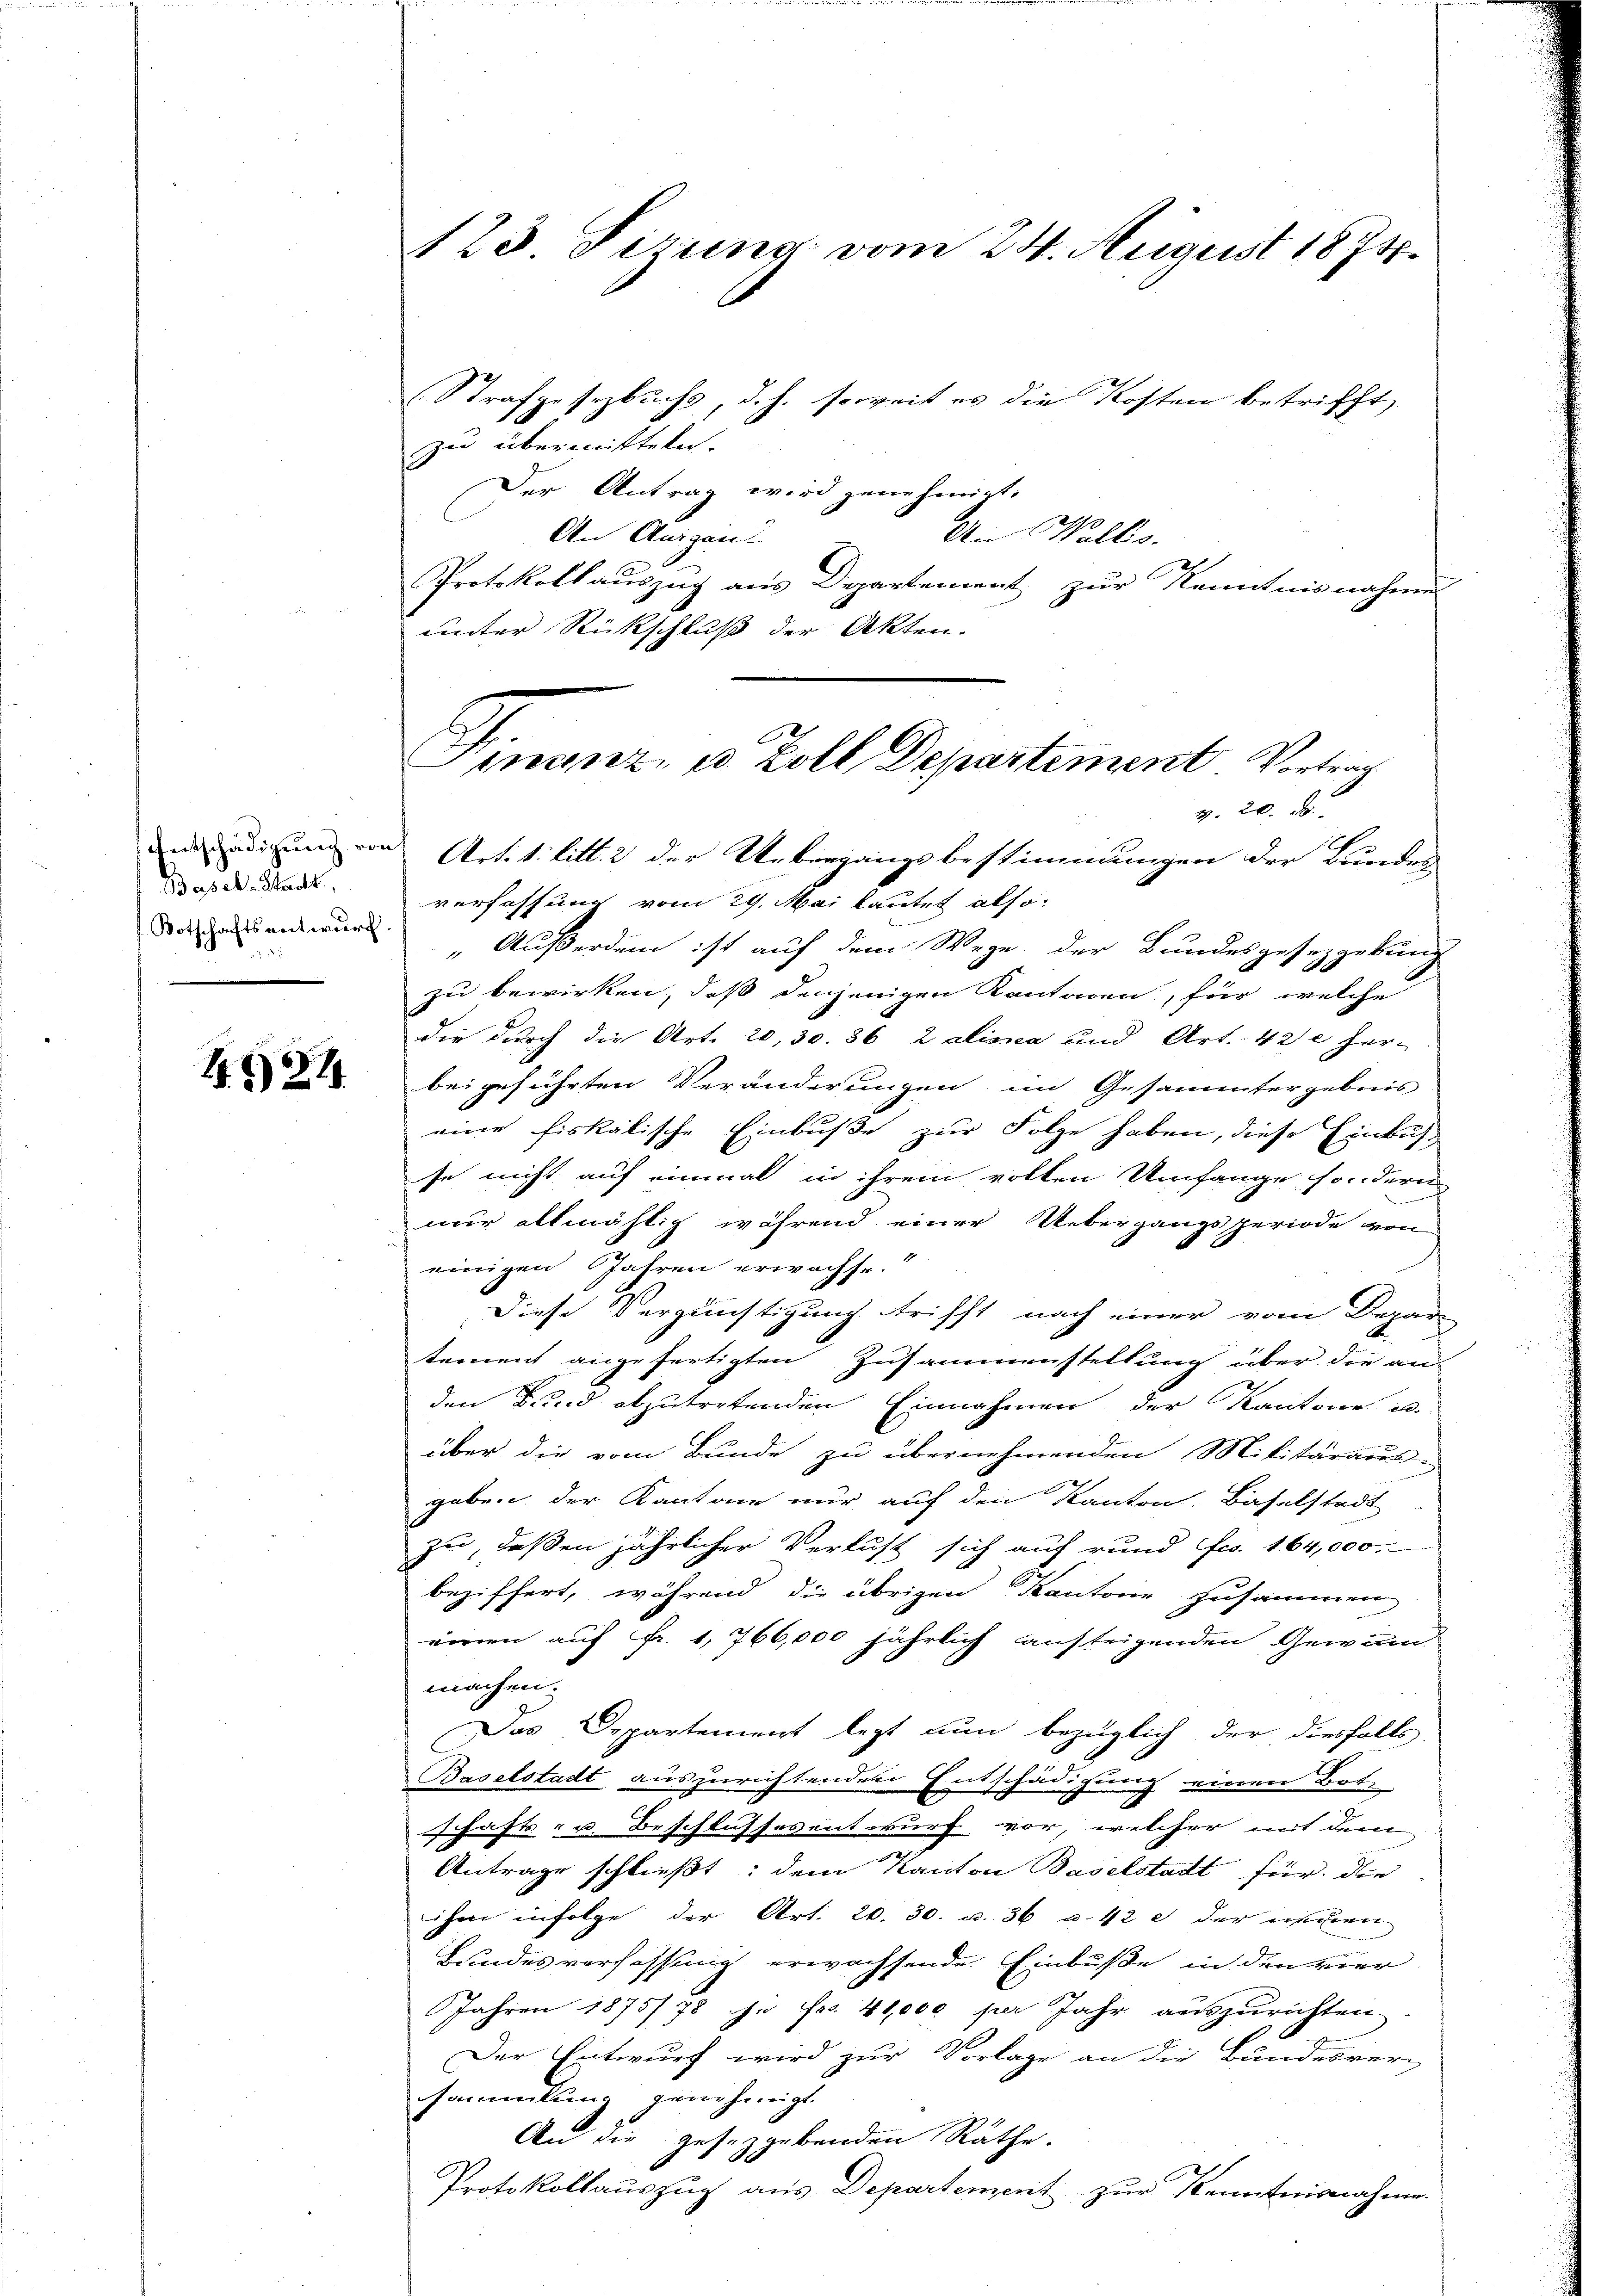
Basel-Stadts.
Botschaftsentwurf

4921

123. Firung vom 24. August 1874.
(Strafgesezbuchs, d. h. soweit es die Kosten betrifft
zu übermitteln

Der Antrag wird genehmigt.
An Ausgan
An Wallis.
Protokollauszug aus Departement zur Kenntnisnahme
unter Rückschluß der Akten.

Finanz, es Zoll Departement Vortrag

v. 20. d.
dem Ledigung von Artet: litt. 2 der Uebergangsbestimmungen der Bundes
verfassung vom 29. Mai lautet also
„Außerdem ist auf dem Wege der Bundesgesetzgebung
zu bewirken, daß denjenigen Kantonen, für welche
die durch die Art. 20, 30. 36 2 alinea und Art. 42 c her-
beigeführten Veränderungen im Gesammtergebnis
eine fiskalische Einbuße zur Folge haben, diese Einbus-
se nicht auf einmal in ihrem votten Umfange sondern
nur allmählig während einer Uebergangsperiode von
einigen Jahren erwachse.
Diese Vergünstigung trifft nach einer vom Depar-
stement angefertigten Zusammenstellung über die an
den Bund abzutretenden Einnahmen der Kantone u.
über die vom Bunde zu übernehmenden Militäraus-
2
geben, der Kantone nur auf den Kanton Baselstadt
zu, deßen jährlicher Verlust sich auf rund Fr. 164,000.
beziffert, während die übrigen Kantone zusammen
einen auf fr. 1766,000 jährlich austeigenden Gewinn
machen.
Das Departement legt nun bezüglich der diesfalls
Baselstadt auszurichtenden Entschädigung einen Bot-
schafts- u. Beschlussesentwurf vor, welcher mit dem
Antrage schließt: dem Kanton Baselstadt für den
ihm infolge der Art. 20. 30. u. 36 u. 42 e der ersten
Bundesverfassung erwachsende Einbuße in den vier
Jahren 1875/78 in Fr. 41,000 per Jahr auszurichten
Der Entwurf wird zur Vorlage an die Bundesverssammlung gewahrnigt
An die gesetzgebenden Räthe.
Protokollauszug aus Departement zur Kenntnisnahme.